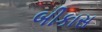
બીકાસ